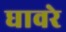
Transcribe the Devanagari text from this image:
घावरे